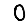
Digit: 0